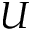
U